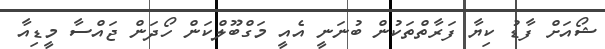
ޝޯއަށް ފާޑު ކިޔާ ފަރާތްތަކުން ބުނަނީ އެއީ މަގްބޫލްކަން ހޯދަން ޖައްސާ މީޑިއާ